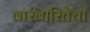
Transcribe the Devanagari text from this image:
वारंवारितेचा